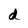
Character: d